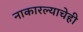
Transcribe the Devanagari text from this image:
नाकारल्याचेही